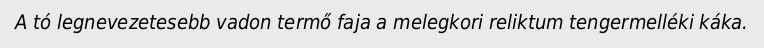
A tó legnevezetesebb vadon termő faja a melegkori reliktum tengermelléki káka.